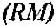
(RM)